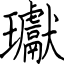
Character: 瓛